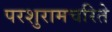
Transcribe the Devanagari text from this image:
परशुरामचरिते